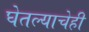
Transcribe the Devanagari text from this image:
घेतल्याचेही